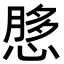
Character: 𫺲